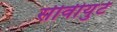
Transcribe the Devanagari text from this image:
सीवीयुटे